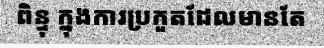
ពិន្ទុ ក្នុងការប្រកួតដែលមានតែ